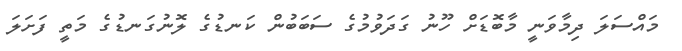
މައްސަލަ ދިމާވަނީ މާބޮޑަށް ހޫނު ގަދަވުމުގެ ސަބަބުން ކަނޑުގެ ލޮނުގަނޑުގެ މަތީ ފަށަލަ